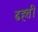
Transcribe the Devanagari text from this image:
ढहती